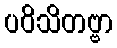
ပဝိသိတဗ္ဗာ